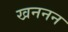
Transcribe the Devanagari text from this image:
खननन